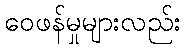
ဝေဖန်မှုများလည်း